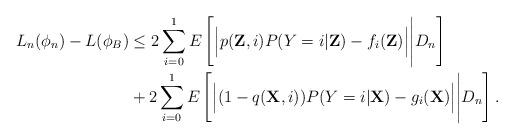
LaTeX: \begin{align*}L_{n}(\phi_{n}) - L(\phi_{B}) &\leq 2 \sum_{i=0}^{1} E \left[ \Big| p(\textbf{Z},i)P(Y=i \vert \textbf{Z}) - f_{i}(\textbf{Z}) \Big| \Bigg| D_{n} \right] \\ &+ 2 \sum_{i=0}^{1} E \left[ \Big| (1-q(\textbf{X},i))P(Y=i \vert \textbf{X}) - g_{i}(\textbf{X}) \Big| \Bigg| D_{n} \right].\end{align*}